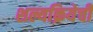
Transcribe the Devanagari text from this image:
शल्यक्रियेची